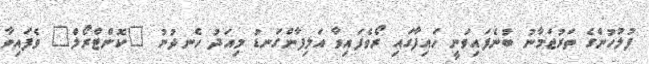
ފުލުހުންގެ ތަރުޖަމާނު ބުނެފައިވަނީ ހައިފާގައި ރޯވެފައިވާ އަލިފާންގަނޑު މިއަދު ހެނދުނު "ކޮންޓްރޯލް" ވެފައިވާ